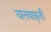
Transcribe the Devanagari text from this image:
वलयाकृती